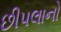
છીપલાનો